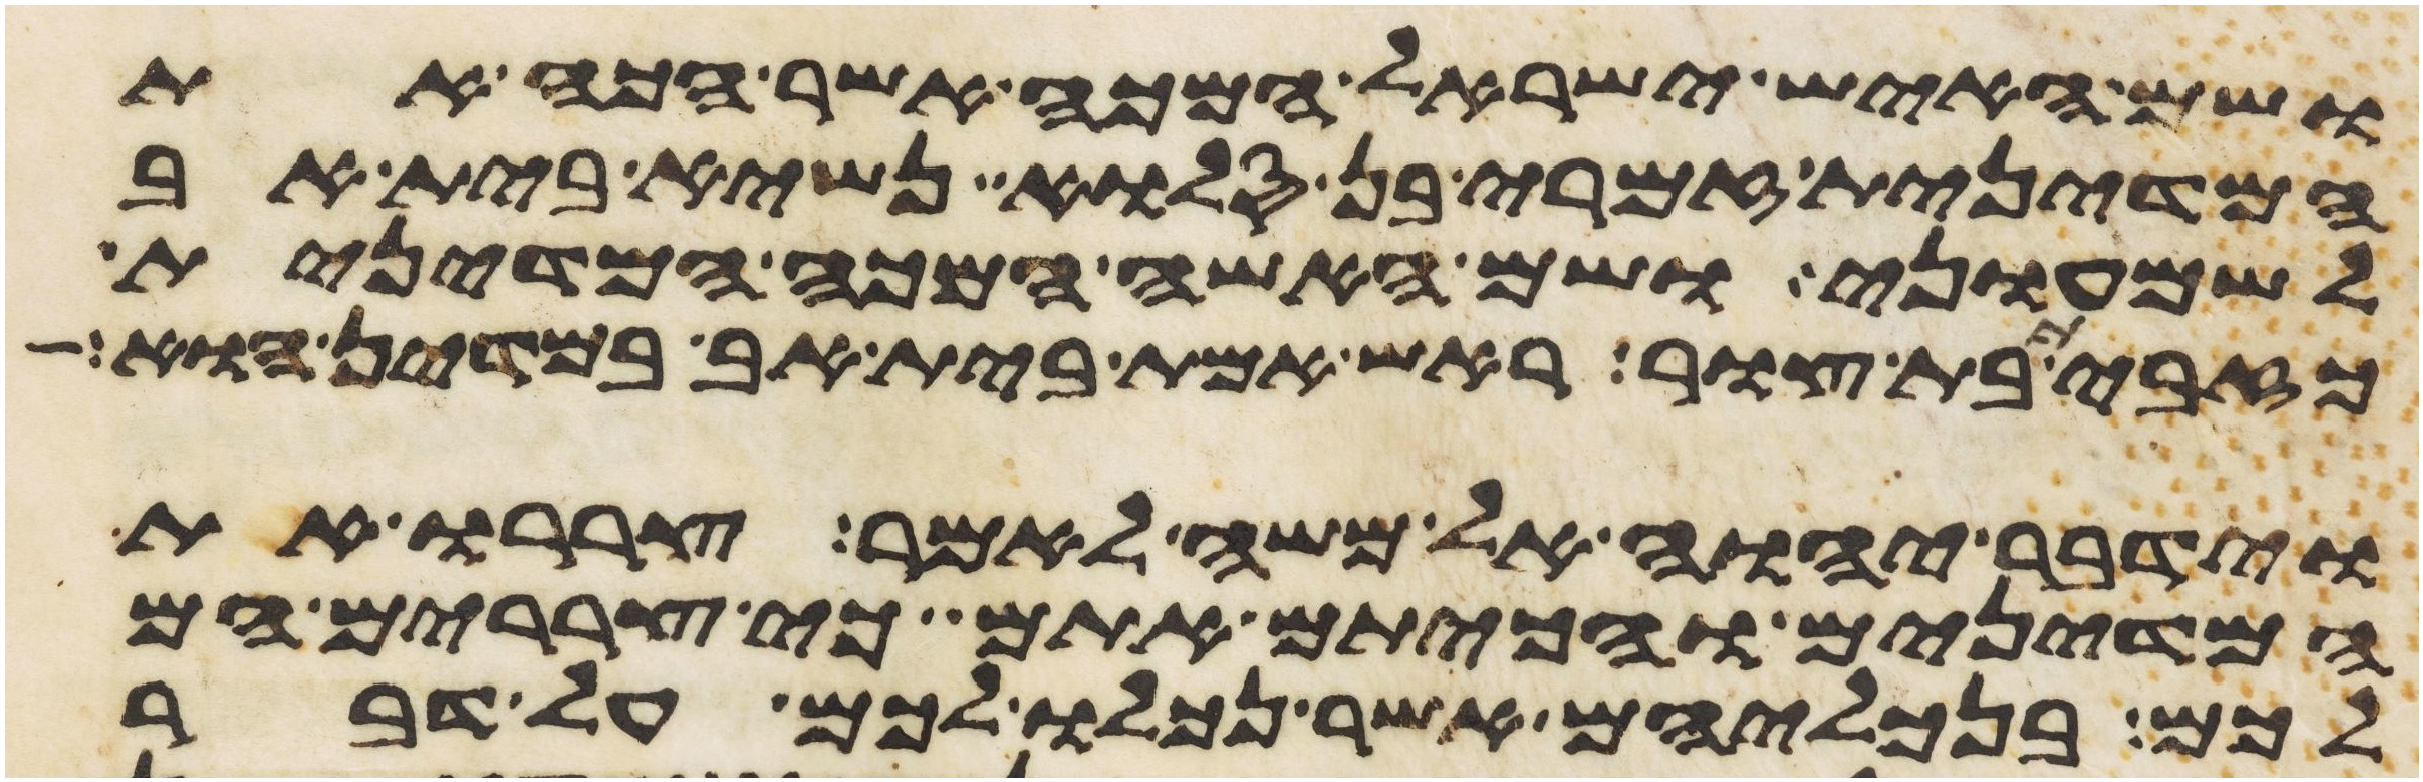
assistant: ושם האיש ישראל המכה אשר הכה את
המדינית זמרי בן סלוא נשיא בית אב
לשמעוני ושם האשה המכה המדינית
כזבית בת צור ראש אמת בית אב במדין הוא
וידבר יהוה אל משה לאמר צררו את
המדינים והכיתם אתם כי צררים הם
לכם בנכליהם אשר נכלו לכם על דבר